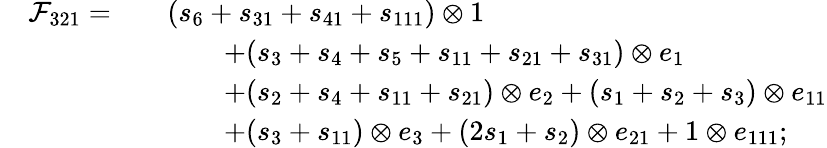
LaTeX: \begin{array}{rlrl}&{\mathcal{F}_{321}=}&&{(s_{6}+s_{31}+s_{41}+s_{111})\otimes 1}\\ &{}&&{\qquad+(s_{3}+s_{4}+s_{5}+s_{11}+s_{21}+s_{31})\otimes e_{1}}\\ &{}&&{\qquad+(s_{2}+s_{4}+s_{11}+s_{21})\otimes e_{2}+(s_{1}+s_{2}+s_{3})\otimes e_{11}}\\ &{}&&{\qquad+(s_{3}+s_{11})\otimes e_{3}+(2s_{1}+s_{2})\otimes e_{21}+1\otimes e_{111};}\end{array}